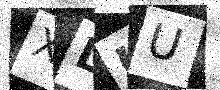
Text: XLHU